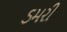
ડમરી